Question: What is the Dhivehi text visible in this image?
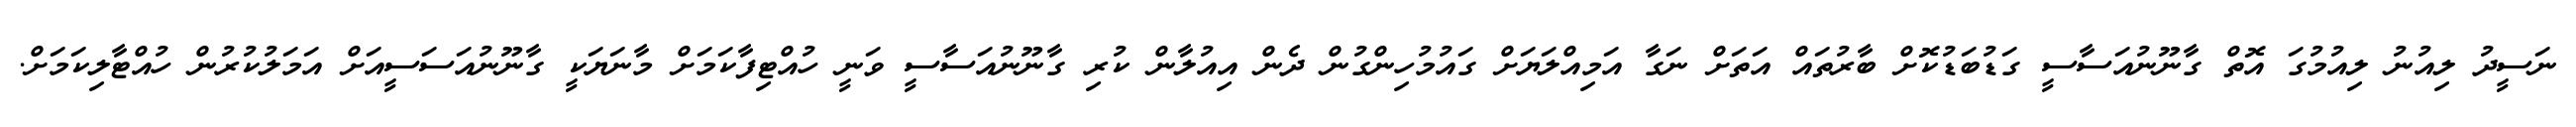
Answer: ނަސީދު ލިއުނު ލިއުމުގަ އޮތް ގާނޫނުއަސާސީ ގަޑުބަޑުކޮށް ބާރުތައް އަތަށް ނަގާ އަމިއްލަޔަށް ގައުމުހިންގުން ދެން އިއުލާން ކުރި ގާނޫނުއަސާސީ ވަނީ ހުއްޓިފާކަމަށް މާނަޔަކީ ގާނޫނުއަސަސީއަށް އަމަލުކުރުން ހުއްޓާލިކަމަށް.